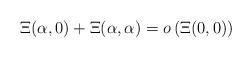
LaTeX: \begin{align*} \Xi(\alpha, 0) + \Xi(\alpha, \alpha) = o \left( \Xi(0,0) \right)\end{align*}